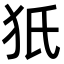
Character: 㹝